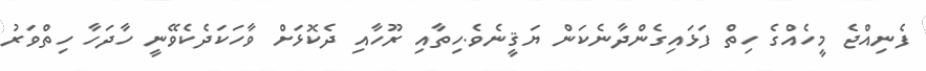
ފެނިއްޖެ މީހެއްގެ ހިތް ފަޅައިގެންދާނެކަން ޔަޤީނެވެ.ހިތާއި ރޫހާއި ދެކޮޅަށް ވާހަކަދެކެވޭނީ ހާދަހާ ހިތްވަރު